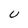
Character: U